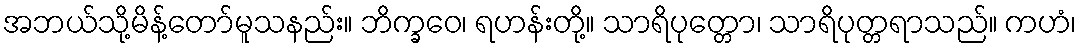
အဘယ်သို့မိန့်တော်မူသနည်း။ ဘိက္ခဝေ၊ ရဟန်းတို့။ သာရိပုတ္တော၊ သာရိပုတ္တရာသည်။ ကဟံ၊